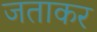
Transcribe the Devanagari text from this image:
जताकर